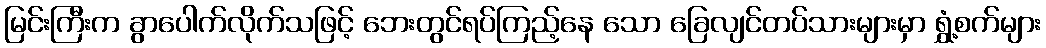
မြင်းကြီးက ခွာပေါက်လိုက်သဖြင့် ဘေးတွင်ရပ်ကြည့်နေ သော ခြေလျင်တပ်သားများမှာ ရွှံ့စက်များ